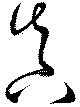
眞